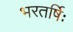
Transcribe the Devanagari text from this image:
भरतर्षिः